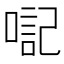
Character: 𪡴